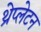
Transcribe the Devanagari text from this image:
थ्रेप्लेटन